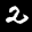
Label: 2